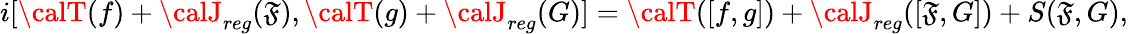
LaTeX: i[{\calT}(f)+{\calJ}_{reg}(\mathfrak{F}),{\calT}(g)+{\calJ}_{reg}(G)]={\calT}([f,g])+{\calJ}_{reg}([\mathfrak{F},G])+S(\mathfrak{F},G),